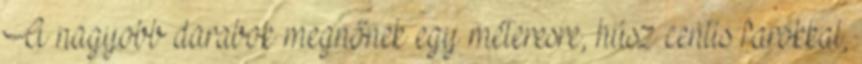
A nagyobb darabok megnőnek egy méteresre, húsz centis farokkal,